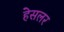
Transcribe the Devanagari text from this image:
हेसलर